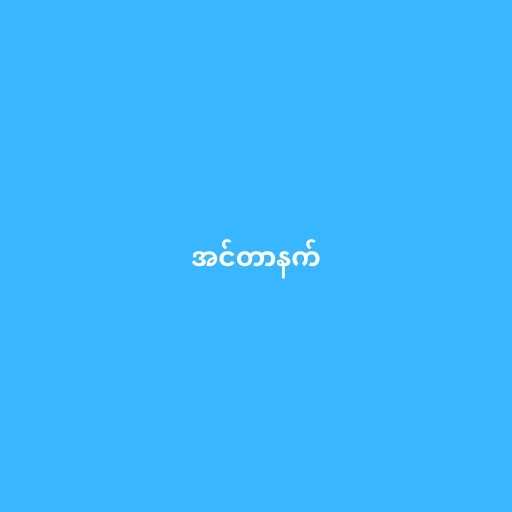
အင်တာနက်